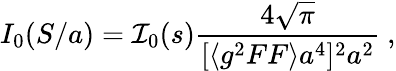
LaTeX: I_{0}(S/a)={\cal I}_{0}(s){\frac{4\sqrt{\pi}}{[\langle g^{2}FF\rangle a^{4}]^{2}a^{2}}}~,